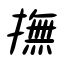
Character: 撫